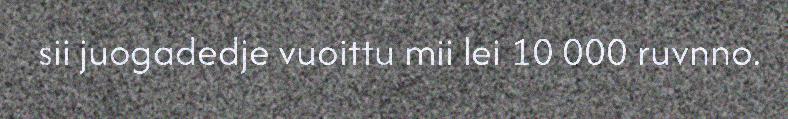
sii juogadedje vuoittu mii lei 10 000 ruvnno.